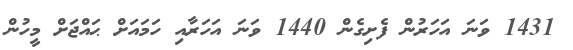
1431 ވަނަ އަހަރުން ފެށިގެން 1440 ވަނަ އަހަރާއި ހަމައަށް ޙައްޖަށް މީހުން